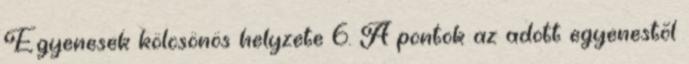
Egyenesek kölcsönös helyzete 6. A pontok az adott egyenestõl